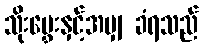
သိုးမွှေးနှင့်အမျှ ခံရသည်